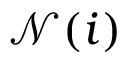
\mathcal { N } ( i )